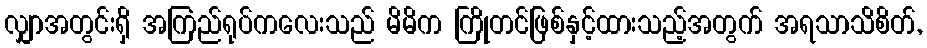
လျှာအတွင်းရှိ အကြည်ရုပ်ကလေးသည် မိမိက ကြိုတင်ဖြစ်နှင့်ထားသည့်အတွက် အရသာသိစိတ်,